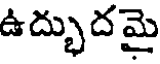
ఉద్భుదమై